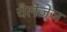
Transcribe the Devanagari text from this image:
चैलेंजेज